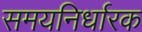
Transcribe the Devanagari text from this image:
समयनिर्धारक